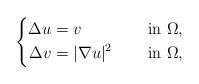
LaTeX: \begin{align*}\left\{\begin{aligned}\Delta u&=v &&\quad\mbox{ in } \Omega, \\\Delta v&=|\nabla u|^2 &&\quad\mbox{ in } \Omega,\end{aligned}\right.\end{align*}